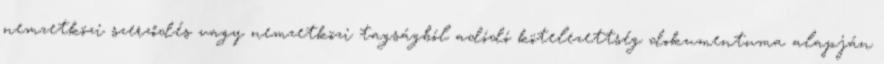
nemzetközi szerződés vagy nemzetközi tagságból adódó kötelezettség dokumentuma alapján